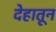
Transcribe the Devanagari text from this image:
देहातून